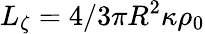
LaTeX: L_{\zeta}=4/3\pi R^{2}\kappa\rho_{0}